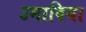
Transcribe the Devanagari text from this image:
उमाविया